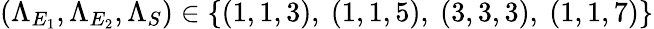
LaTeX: (\Lambda_{E_{1}},\Lambda_{E_{2}},\Lambda_{S})\in\{ (1,1,3),~(1,1,5),~(3,3,3),~(1,1,7)\}